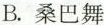
B. 桑巴舞